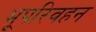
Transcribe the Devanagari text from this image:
भूपरिवहन